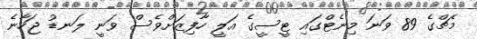
މެޗްގެ 89 ވަނަ މިނެޓްގައި ޓީސީގެ އަލީ ހާފިޒަށްވެސް ވަނީ ލަނޑު ޖަހާނެ